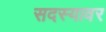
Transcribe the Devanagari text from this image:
सदस्यावर